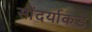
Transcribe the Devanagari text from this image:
सौंदर्याकडे